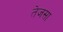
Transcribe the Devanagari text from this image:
तेजसा